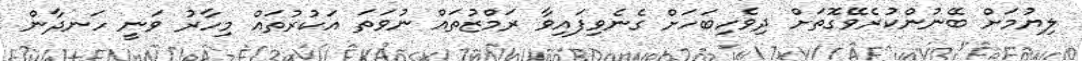
ލިޔުމަށް ބޭނުންކުރެވޭގޮތަށް ދިވެހިބަހަށް ގެނެވިފައިވާ ރަމްޒުތައް ނުވަތަ އަކުރުތައް މިހާރު ވަނީ ހަނދާން